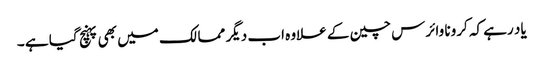
یاد رہے کہ کرونا وائرس چین کے علاوہ اب دیگر ممالک میں بھی پہنچ گیا ہے ۔